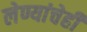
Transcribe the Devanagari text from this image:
लेण्यांचेही